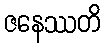
ဇနေဿတိ